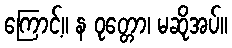
ကြောင့်။ န ဝုတ္တော၊ မဆိုအပ်။